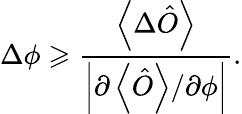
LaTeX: \Delta\phi\geqslant\frac{\left\langle\Delta\hat{O}\right\rangle}{\left\vert\partial\left\langle\hat{O}\right\rangle/\partial\phi\right\vert}.